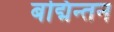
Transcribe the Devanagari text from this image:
बद्मिन्तन